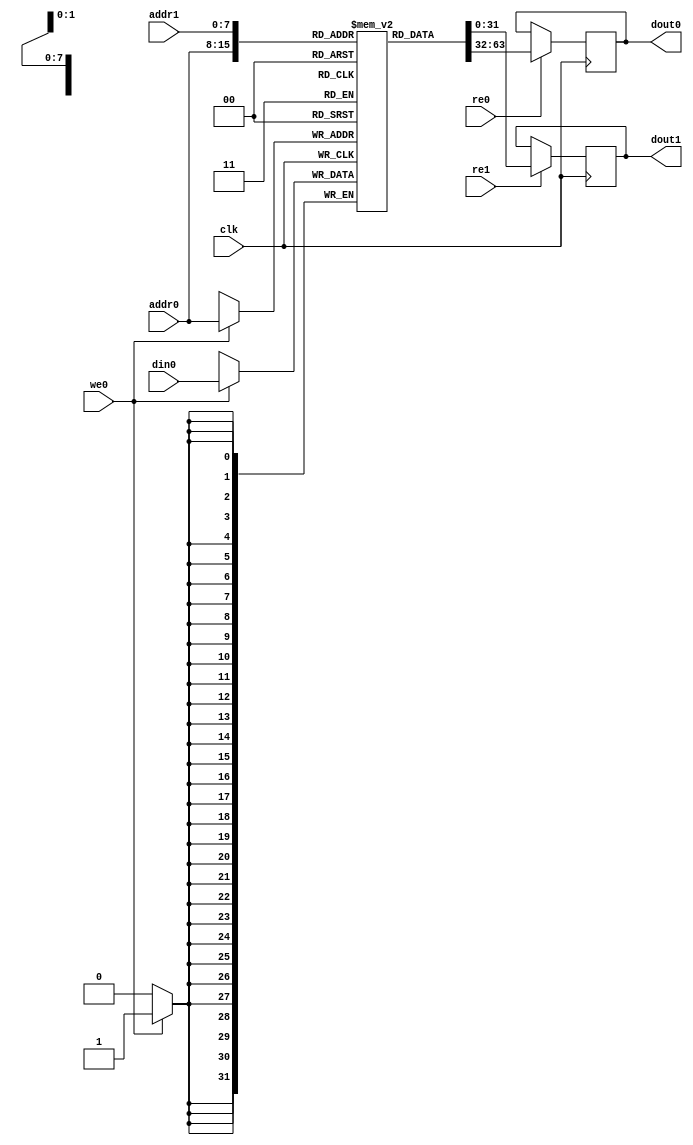
module spl_pt_mem #(
    parameter DATA_WIDTH = 32,
    parameter ADDR_WIDTH = 8
) (
    input  wire                     clk,
    
    // port 0, read/write
    input  wire                     we0,
	input  wire                     re0, 
    input  wire [ADDR_WIDTH-1:0]    addr0,  
    input  wire [DATA_WIDTH-1:0]    din0,	
    output reg  [DATA_WIDTH-1:0]    dout0,
    
    // port 1, read only
	input  wire                     re1,
    input  wire [ADDR_WIDTH-1:0]    addr1,
    output reg  [DATA_WIDTH-1:0]    dout1    
);


`ifdef VENDOR_XILINX
    (* ram_extract = "yes", ram_style = "block" *)
    reg  [DATA_WIDTH-1:0]         mem[0:2**ADDR_WIDTH-1];
`else
    (* ramstyle = "AUTO, no_rw_check" *) 
    reg  [DATA_WIDTH-1:0]         mem[0:2**ADDR_WIDTH-1];
`endif

    always @(posedge clk) begin
        if (we0)
            mem[addr0] <= din0;  
        
		if (re0)
        	dout0 <= mem[addr0];
			
		if (re1)			
        	dout1 <= mem[addr1];             			
    end    
	
endmodule